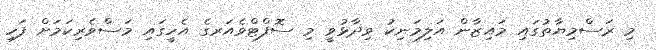
މި ރަސްމިޔާތުގައި މައިޒާން އަލިމަނިކު ވިދާޅުވީ މި ސޮފްޓްވެއަރގެ އެހީގައި މަސްވެރިކަމަށް ފަހި